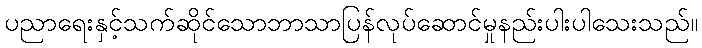
ပညာရေးနှင့်သက်ဆိုင်သောဘာသာပြန်လုပ်ဆောင်မှုနည်းပါးပါသေးသည်။